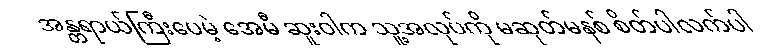
အန္တရာယ်ကြီးပေမဲ့ အေမီ ဆူးဝါက သူ့အလုပ်ကို မဆုတ်မနစ် စိတ်ပါလက်ပါ